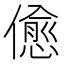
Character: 𠏚